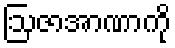
ဩဇာအာဏာကို